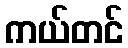
ကယ်တင်